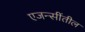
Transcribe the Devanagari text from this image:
एजन्सींतील